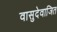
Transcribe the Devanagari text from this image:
वासुदेवाजित